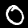
Label: 0